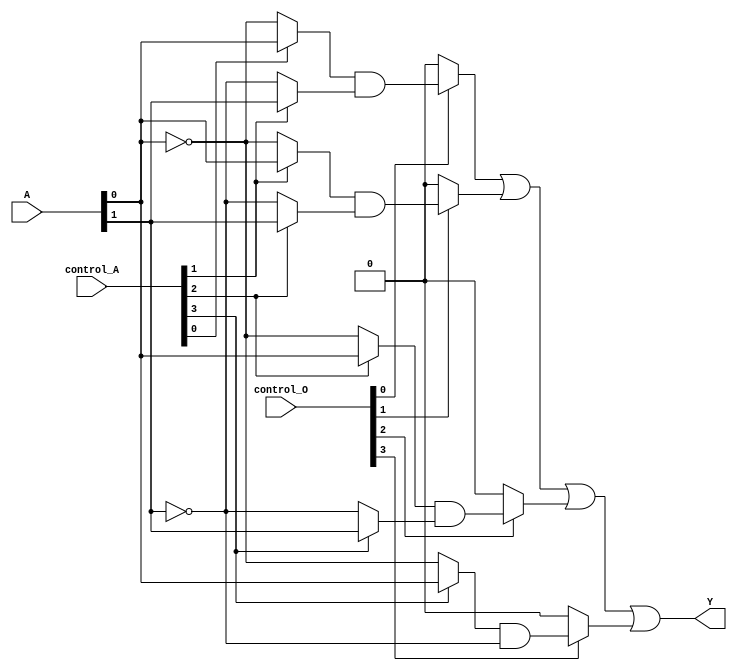
module PLA (
    input wire [N-1:0] A,          // Inputs
    input wire [M-1:0] control_A,  // Control signals for AND plane
    input wire [P-1:0] control_O,  // Control signals for OR plane
    output wire [Q-1:0] Y          // Outputs
);
    // Parameter definitions
    parameter N = 4;       // Number of inputs
    parameter M = 4;       // Number of product terms (AND gates)
    parameter P = 4;       // Number of outputs (OR gates)
    parameter Q = 1;       // Number of final outputs

    // Internal signal declarations
    wire [M-1:0] product_terms;    // Outputs from AND plane
    wire [P-1:0] selected_terms;    // Selected product terms for OR gates
    wire [Q-1:0] final_output;      // Final output

    // AND Plane
    genvar i, j;
    generate
        for (i = 0; i < M; i = i + 1) begin : and_plane
            wire and_input_1 = (control_A[i] == 1) ? A[0] : ~A[0]; // Sample input
            wire and_input_2 = (control_A[i+1] == 1) ? A[1] : ~A[1]; // Sample input
            // You can add more inputs based on your specification

            assign product_terms[i] = and_input_1 & and_input_2; // Generate product term here
        end
    endgenerate

    // OR Plane
    generate
        for (j = 0; j < P; j = j + 1) begin : or_plane
            // Here we select product terms based on control signals
            assign selected_terms[j] = (control_O[j] == 1) ? product_terms[j] : 1'b0; // Example selection
        end
    endgenerate

    // Final output processing
    assign final_output = selected_terms[0] | selected_terms[1] | selected_terms[2] | selected_terms[3]; // Combine outputs

    assign Y = final_output; // Assign the final output

endmodule